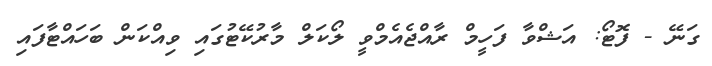
ގަނޭ - ފޮޓޯ: އަޝްވާ ފަހީމް ރާއްޖެއެމްވީ ލޯކަލް މާރުކޭޓުގައި ވިއްކަން ބަހައްޓާފައި